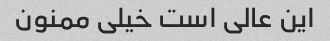
این عالی است خیلی ممنون